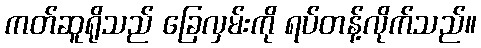
ကတ်ဆူရိုသည် ခြေလှမ်းကို ရပ်တန့်လိုက်သည်။